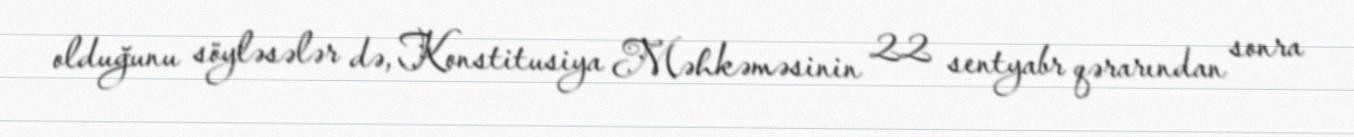
olduğunu söyləsələr də, Konstitusiya Məhkəməsinin 22 sentyabr qərarından sonra